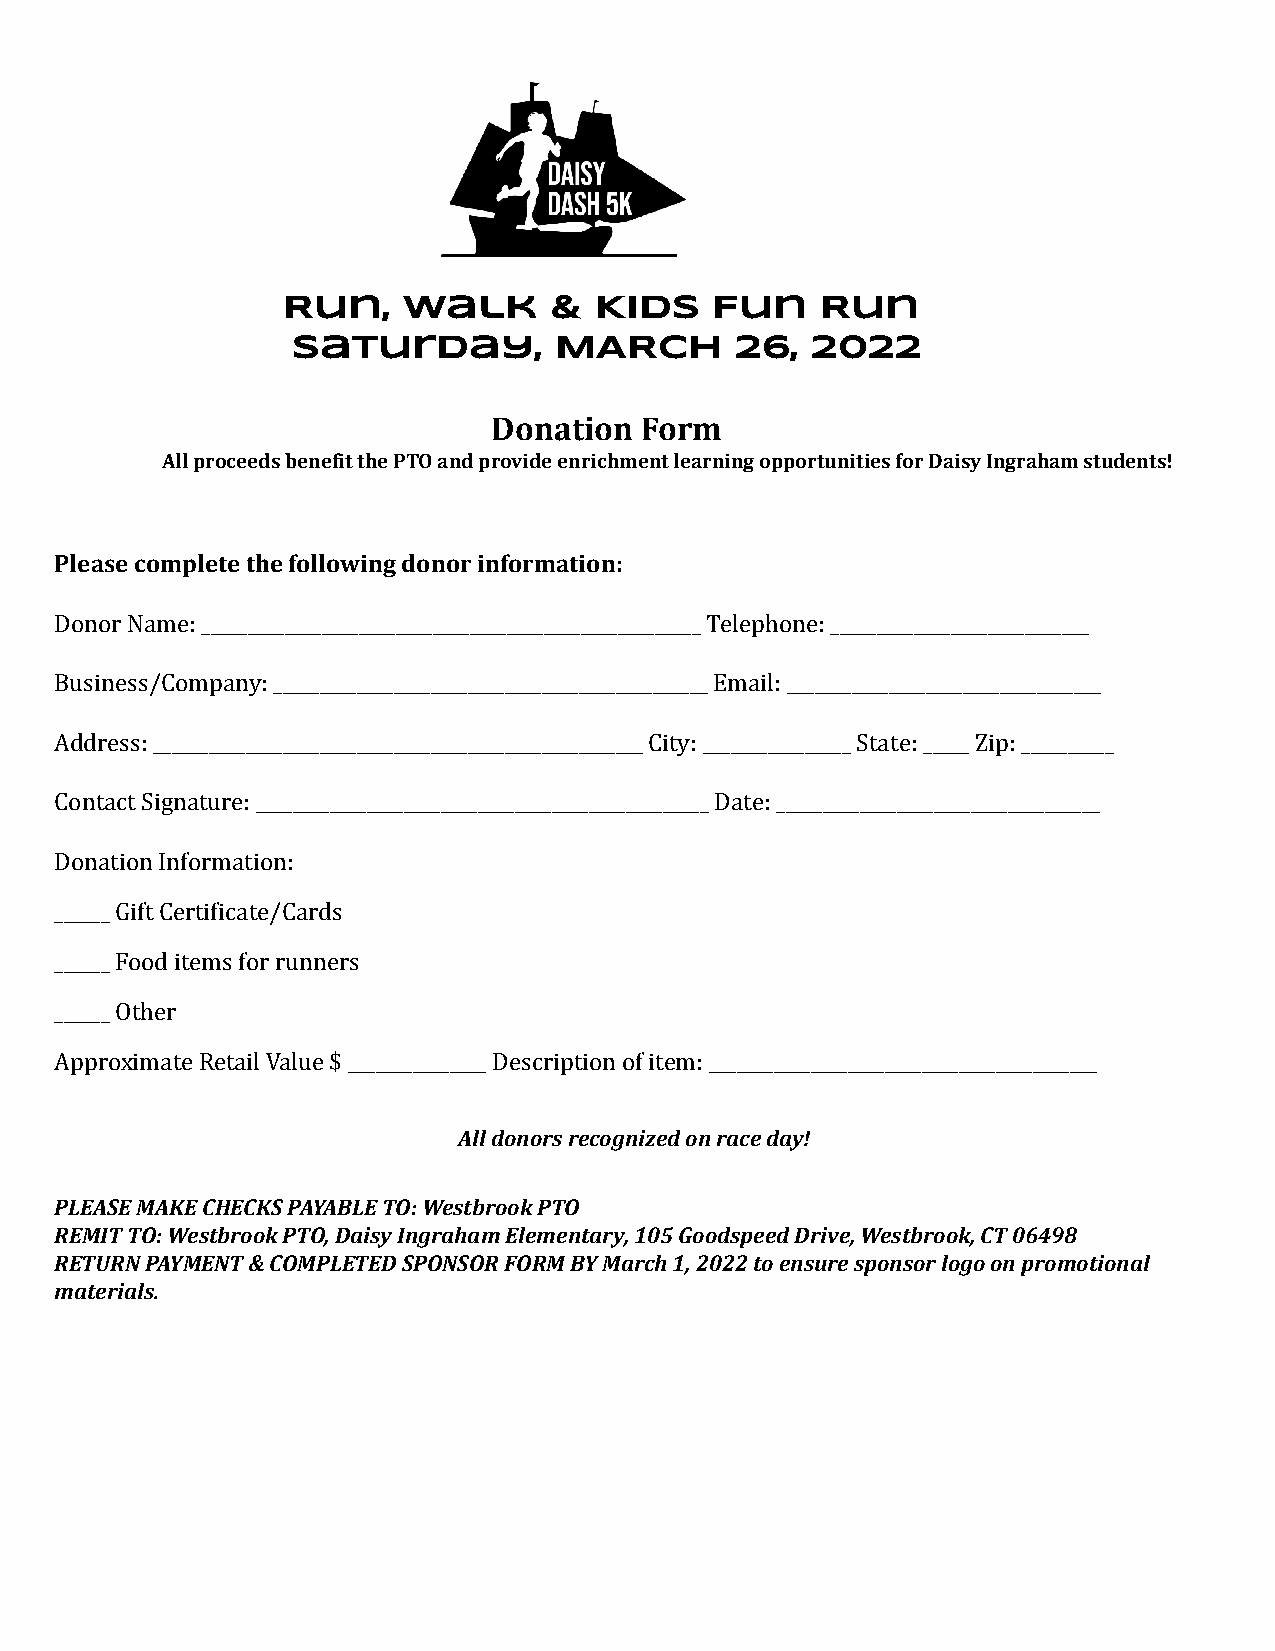
Run,    Walk     &  Kids    Fun    Run
 Saturday,         MARCH       26,  2022
 Donation Form
 All proceeds benefit the PTO and provide enrichment learning opportunities for Daisy Ingraham students!
 Please complete the following donor information:
 Donor Name: ______________________________________________________ Telephone: ____________________________
 Business/Company: _______________________________________________ Email: __________________________________
 Address: _____________________________________________________ City: ________________ State: _____ Zip: __________
 Contact Signature: _________________________________________________ Date: ___________________________________
 Donation Information:
 ______ Gift Certificate/Cards
 ______ Food items for runners
 ______ Other
 Approximate Retail Value $ _______________ Description of item: __________________________________________
 All donors recognized on race day!
 PLEASE MAKE CHECKS PAYABLE TO: Westbrook PTO
 REMIT TO: Westbrook PTO, Daisy Ingraham Elementary, 105 Goodspeed Drive, Westbrook, CT 06498
 RETURN PAYMENT & COMPLETED SPONSOR FORM BY March 1, 2022 to ensure sponsor logo on promotional
 materials.